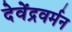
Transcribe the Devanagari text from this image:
देवेंद्रवर्मन